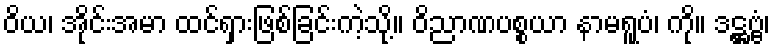
ဝိယ၊ အိုင်းအမာ ထင်ရှားဖြစ်ခြင်းကဲ့သို့။ ဝိညာဏပစ္စယာ နာမရူပံ၊ ကို။ ဒဋ္ဌဗ္ဗံ၊